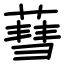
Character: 蔧